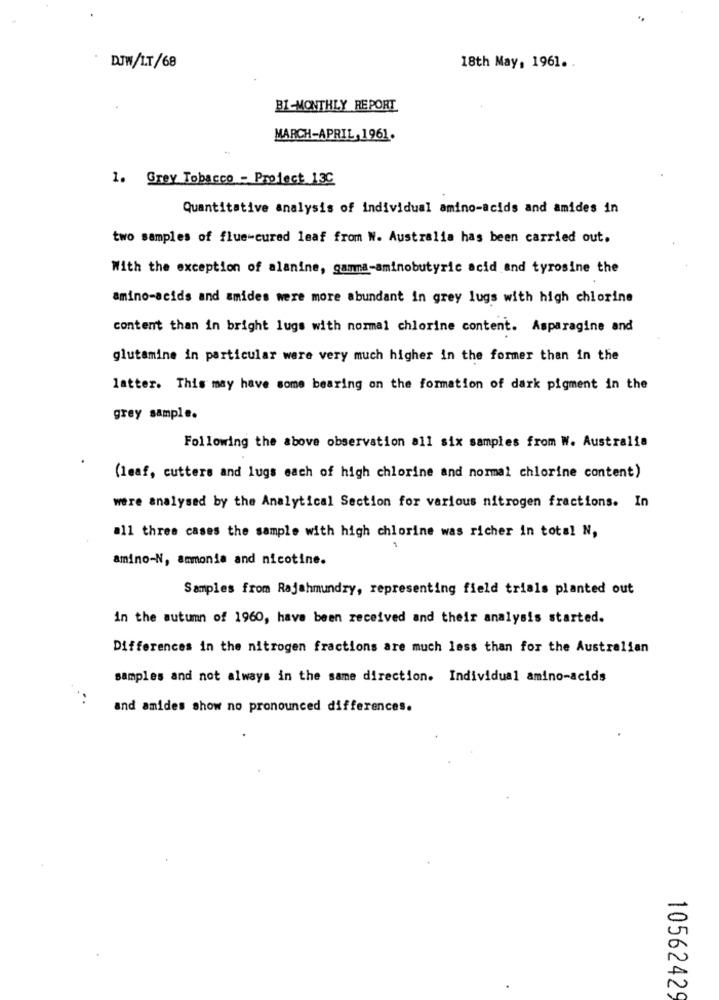
DJW/IT/68
18th May, 1961 ..
BI-MONTHLY REPORT
MARCH-APRIL,1961.
-
1. Grey Tobacco - Project_130
Quantitative analysis of individual amino-acids and amides in
two samples of flue-cured leaf from W. Australia has been carried out.
With the exception of alanine, gamma-aminobutyric acid and tyrosine the
amino-acids and amides were more abundant in grey lugs with high chlorine
content than in bright lugs with normal chlorine content. Asparagine and
glutamine in particular were very much higher in the former than in the
latter. This may have some bearing on the formation of dark pigment in the
grey sample.
Following the above observation all six samples from W. Australia
(leaf, cutters and lugs each of high chlorine and normal chlorine content)
were analysed by the Analytical Section for various nitrogen fractions. In
all three cases the sample with high chlorine was richer in total N,
amino-N, ammonia and nicotine.
Samples from Rajahmundry, representing field trials planted out
in the autumn of 1960, have been received and their analysis started.
Differences in the nitrogen fractions are much less than for the Australian
samples and not always in the same direction. Individual amino-acids
and amides show no pronounced differences.
1056242